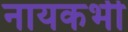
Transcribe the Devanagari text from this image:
नायकभी